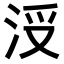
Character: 𣳭